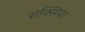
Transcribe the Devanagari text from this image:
राक्सिया